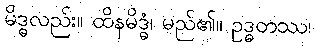
မိဒ္ဓလည်း။ ထိနမိဒ္ဓံ၊ မည်၏။ ဥဒ္ဓတဿ၊